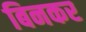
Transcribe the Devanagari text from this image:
बिनकर